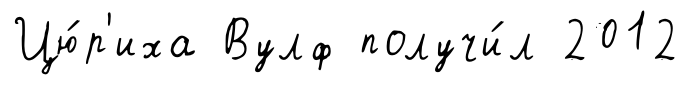
Цю́р'иха Вулф получи́л 2012